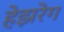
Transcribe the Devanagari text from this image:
हेझरेग